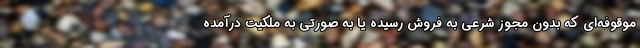
موقوفه‌ای که بدون مجوز شرعی به فروش رسیده یا به صورتی به ملکیت درآمده